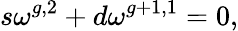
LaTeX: s\omega^{g,2}+d\omega^{g+1,1}=0,